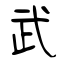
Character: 武